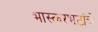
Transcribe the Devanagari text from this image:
भास्करभटांचे